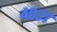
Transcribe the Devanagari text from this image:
४०३७